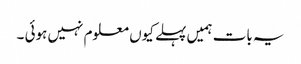
یہ بات ہمیں پہلے کیوں معلوم نہیں ہوئی ۔